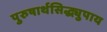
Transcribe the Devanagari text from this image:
पुरुषार्थसिद्ध्युपाय